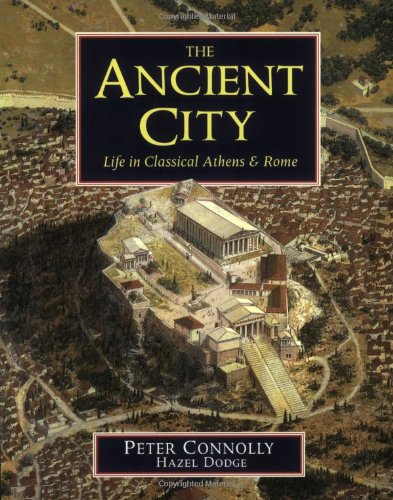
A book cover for The Ancient City: Life in Classical Athens and Rome; Peter Connolly; Children's Books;